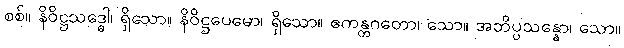
စစ်။ နိဝိဋ္ဌသဒ္ဓေါ၊ ရှိသော။ နိဝိဋ္ဌပေမော၊ ရှိသော။ ဧကန္တဂတော၊ သော။ အဘိပ္ပသန္နော၊ သော။